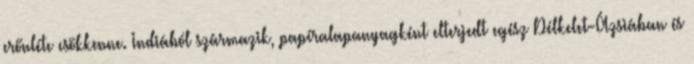
erőnléte csökkenne. Indiából származik, papíralapanyagként elterjedt egész Délkelet-Ázsiában és